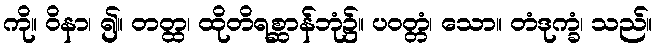
ကို။ ဝိနာ၊ ၍။ တတ္ထ၊ ထိုတိရစ္ဆာန်ဘုံ၌။ ပဝတ္တံ၊ သော။ တံဒုက္ခံ၊ သည်။